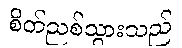
စိတ်ညစ်သွားသည်